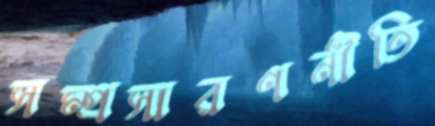
সম্প্রসারণনীতি